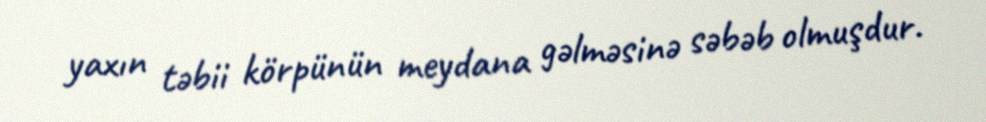
yaxın təbii körpünün meydana gəlməsinə səbəb olmuşdur.